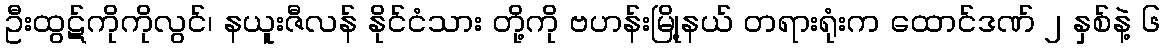
ဦးထွဋ်ကိုကိုလွင်၊ နယူးဇီလန် နိုင်ငံသား တို့ကို ဗဟန်းမြို့နယ် တရားရုံးက ထောင်ဒဏ် ၂ နှစ်နဲ့ ၆